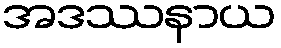
အဒဿနာယ